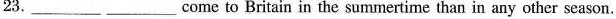
23.______ ______come to Britain in the summertime than in anyother season